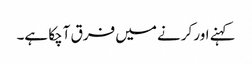
کہنے اور کرنے میں فرق آچکا ہے۔